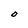
Character: O